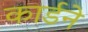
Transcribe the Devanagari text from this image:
कार्डने